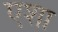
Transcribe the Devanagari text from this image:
एशा